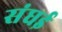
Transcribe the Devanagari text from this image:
संघई